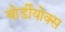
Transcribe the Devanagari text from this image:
बोर्डीयोक्स